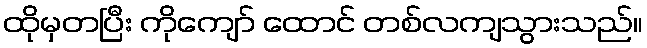
ထိုမှတပြီး ကိုကျော် ထောင် တစ်လကျသွားသည်။